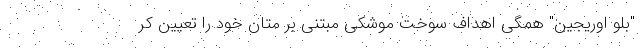
"بلو اوریجین" همگی اهداف سوخت موشکی مبتنی بر متان خود را تعیین کر